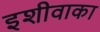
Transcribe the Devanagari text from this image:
इशीवाका